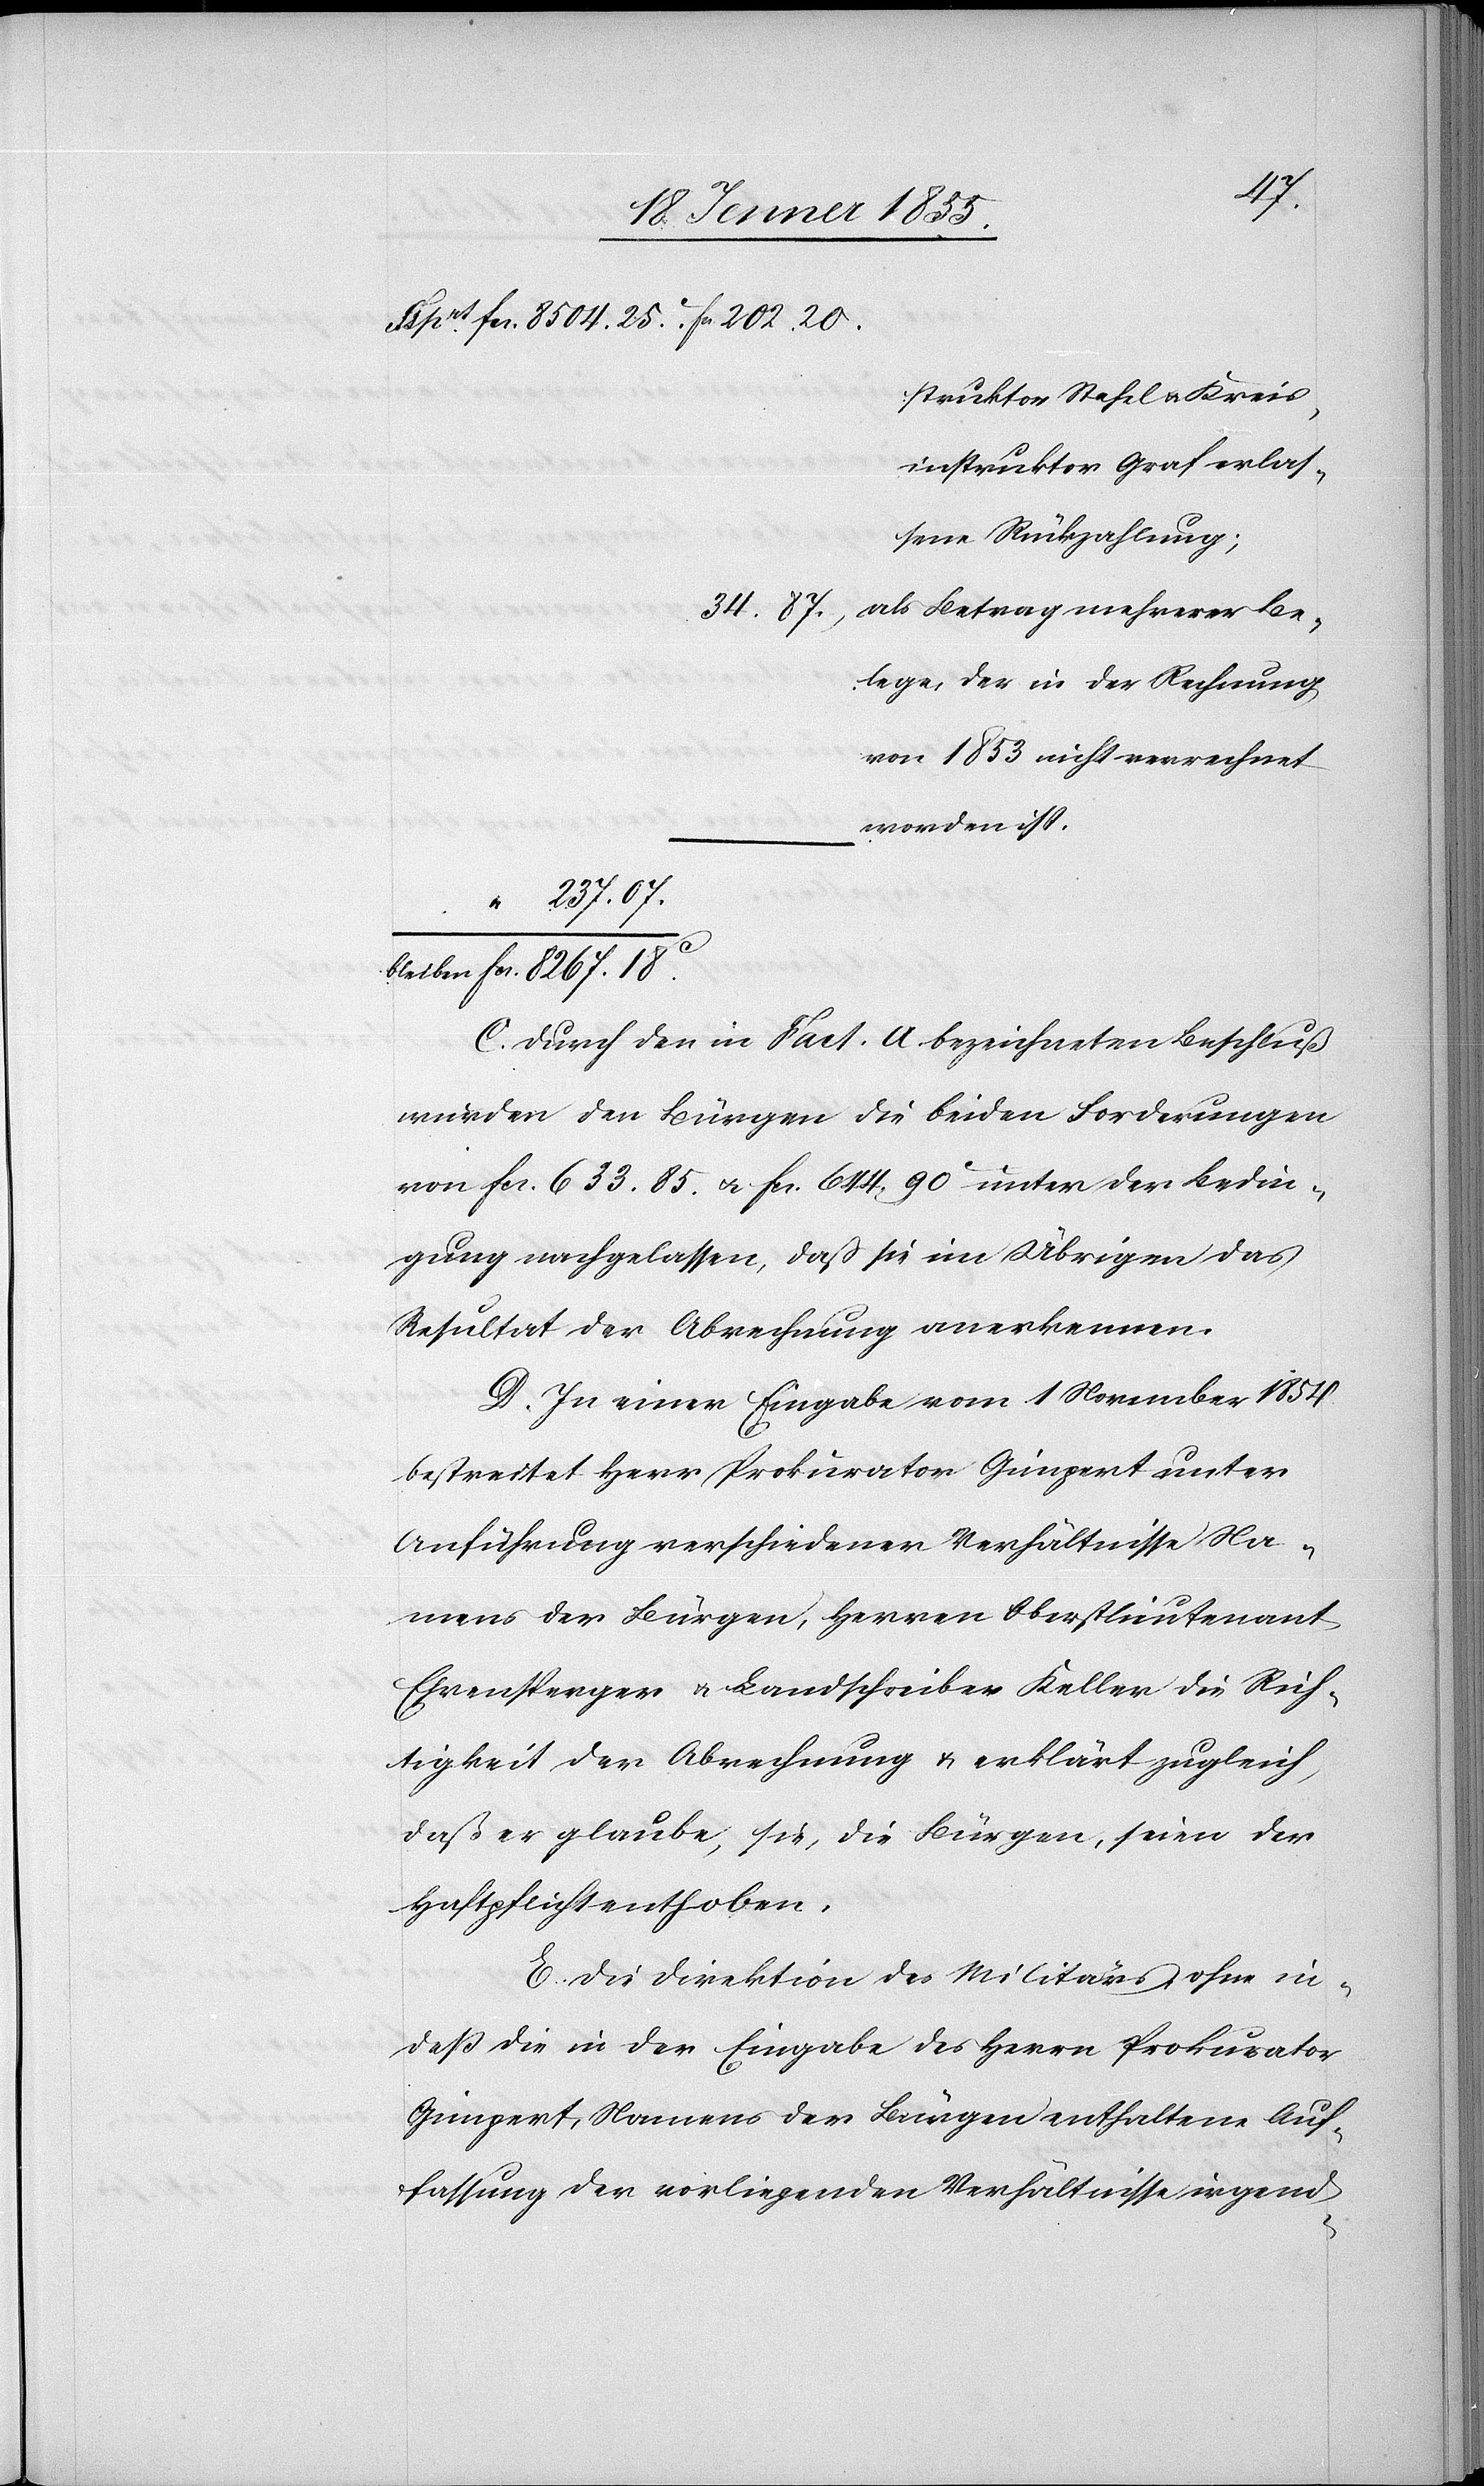
20.
struktor Stahel & Kreis¬
instruktor Graf erlas¬
sene Rückzahlung;
34. 87.
als Betrag mehrerer Be¬
lege, der in der Rechnung
von 1853 nicht verrechnet
worden ist.
“ 237. 07.
C. Durch den in Fact. A bezeichneten Beschluß
wurden den Bürgen die beiden Forderungen
von Fcs. 633. 85. & Fcs. 644. 90C unter der Bedin¬
gung nachgelassen, dass sie im Übrigen das
Resultat der Abrechnung anerkennen.
D. In einer Eingabe vom 1 November 1854.
bestreitet Herr Prokurator Gimpert unter
Anführung verschiedener Verhältnisse Na¬
mens der Bürgen, Herren Oberstlieutenant
Ehrensperger & Landschreiber Keller die Rich¬
tigkeit der Abrechnung & erklärt zugleich,
daß er glaube, sie, die Bürgen, seien der
Haftpflicht enthoben.
E. Die Direktion des Militärs, ohne in¬
deß die in der Eingabe des Herrn Prokurator
Gimpert, Namens der Bürgen enthaltene Auf¬
fassung der vorliegenden Verhältnisse irgend-